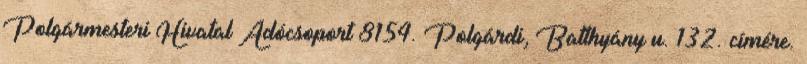
Polgármesteri Hivatal Adócsoport 8154. Polgárdi, Batthyány u. 132. címére.